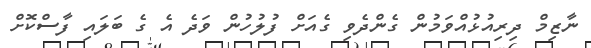
ނާޒިމް ދިރިއުޅުއްވަމުން ގެންދެވި ގެއަށް ފުލުހުން ވަދެ އެ ގެ ބަލައި ފާސްކޮށް